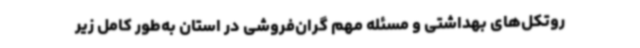
روتکل‌های بهداشتی و مسئله مهم گران‌فروشی در استان به‌طور کامل زیر